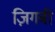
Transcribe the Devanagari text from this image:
ज़िगबी